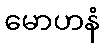
မောဟနံ